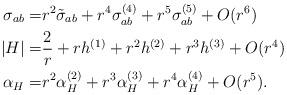
LaTeX: \begin{align*}\sigma_{ab} = & r^2\tilde \sigma_{ab} +r^4 \sigma_{ab}^{(4)}+r^5 \sigma_{ab}^{(5)}+O(r^6)\\|H| = & \frac{2}{r} + r h^{(1)} + r^2 h^{(2)}+ r^3 h^{(3)}+O(r^4) \\\alpha_H = & r^2 \alpha_H^{(2)}+ r^3 \alpha_H^{(3)}+ r^4 \alpha_H^{(4)}+ O(r^{5}).\end{align*}